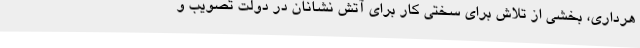
هرداری، بخشی از تلاش برای سختی کار برای آتش نشانان در دولت تصویب و